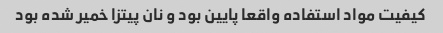
کیفیت مواد استفاده واقعا پایین بود و نان پیتزا خمیر شده بود